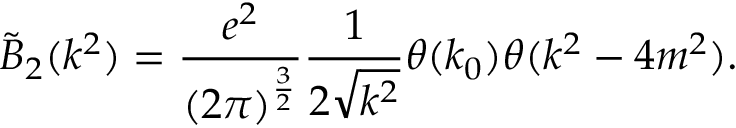
\tilde { B } _ { 2 } ( k ^ { 2 } ) = \frac { e ^ { 2 } } { ( 2 \pi ) ^ { \frac { 3 } { 2 } } } \frac { 1 } { 2 \sqrt { k ^ { 2 } } } \theta ( k _ { 0 } ) \theta ( k ^ { 2 } - 4 m ^ { 2 } ) .